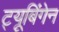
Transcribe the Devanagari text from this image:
ट्यूबिंगेन